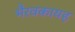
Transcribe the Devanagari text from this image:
भैरवकायह